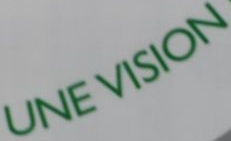
UNE VISION